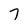
Character: 7